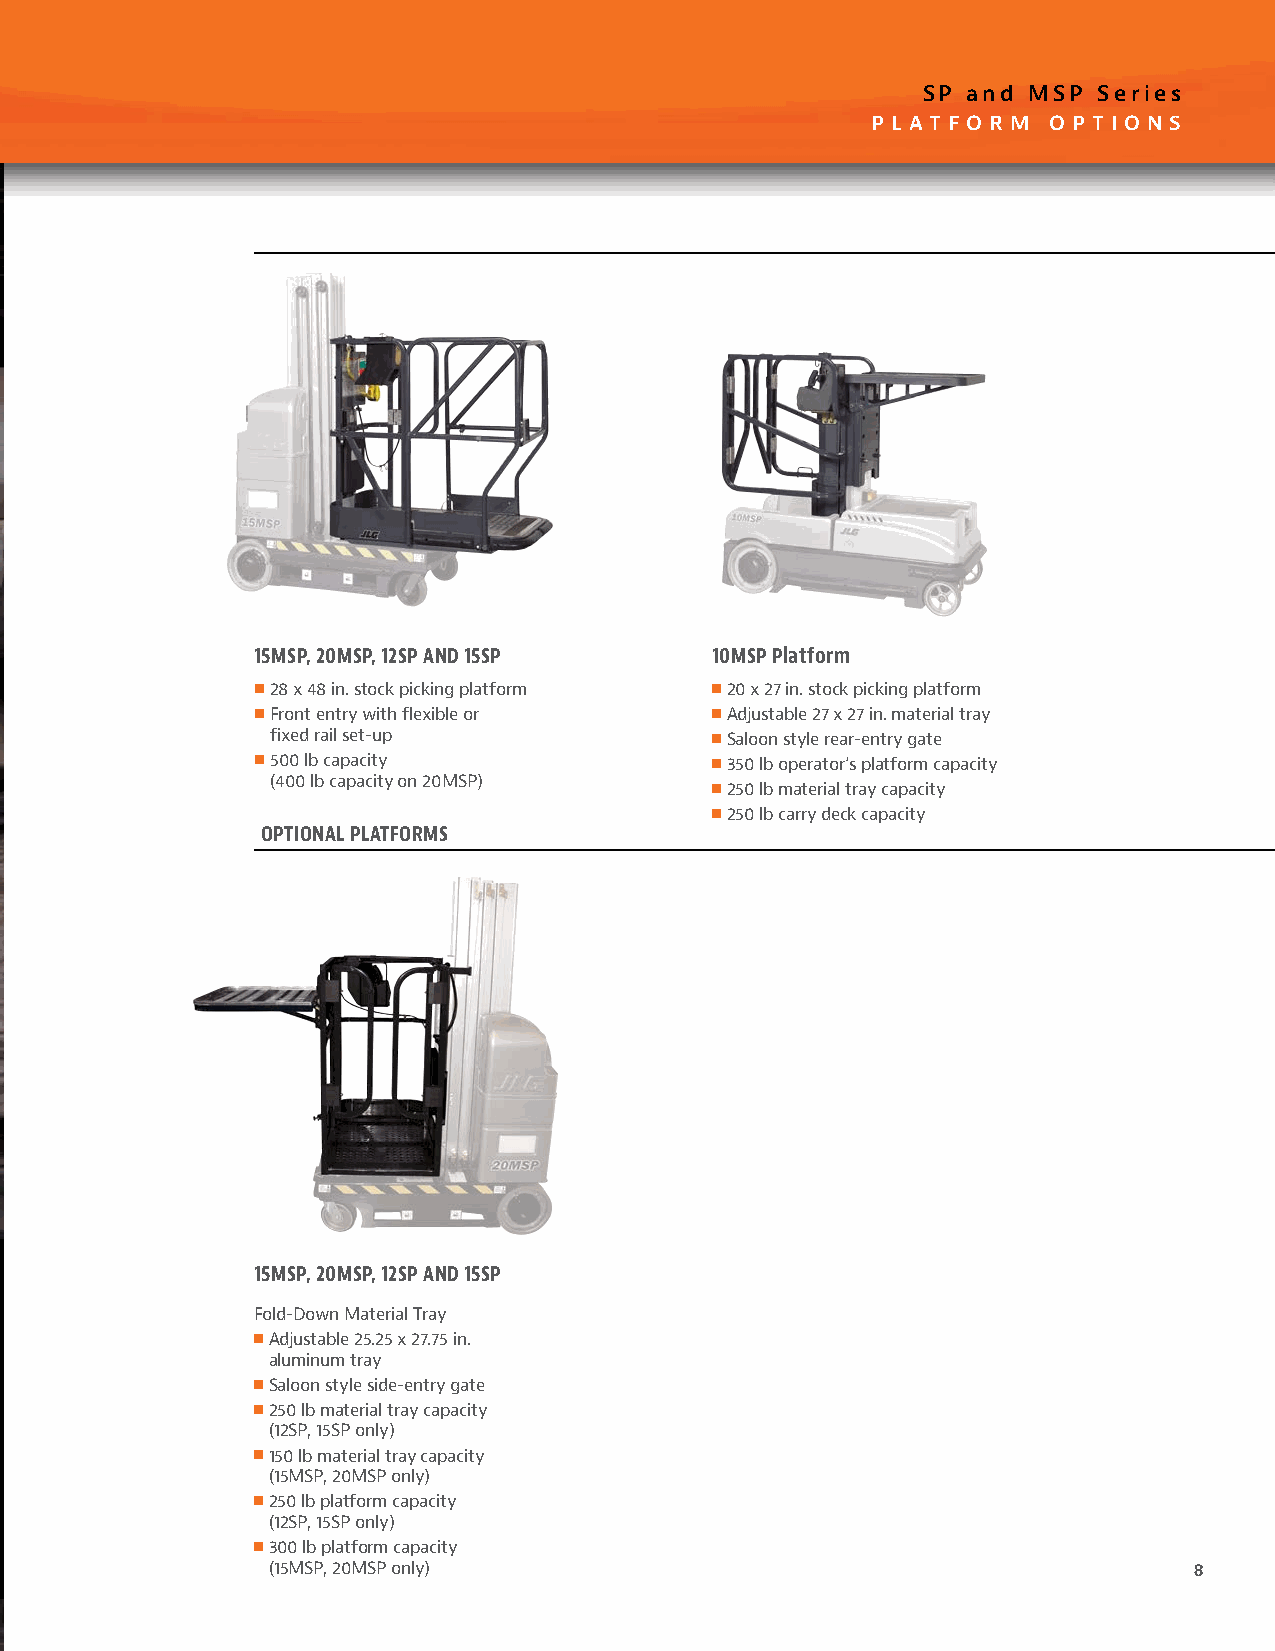
SP and MSP  Series
 P L AT F O R M O P T I O N S
 15MSP, 20MSP, 12SP AND 15SP   10MSP Platform
 ■■28 x 48 in. stock picking platform ■■20 x 27 in. stock picking platform
 ■■Front entry with flexible or ■■Adjustable 27 x 27 in. material tray
 fixed rail set-up            ■■Saloon style rear-entry gate
 ■■500 lb capacity             ■■350 lb operator’s platform capacity
 (400 lb capacity on 20MSP)
 ■■250 lb material tray capacity
 ■■250 lb carry deck capacity
 OPTIONAL PLATFORMS
 15MSP, 20MSP, 12SP AND 15SP
 Fold-Down Material Tray
 ■■Adjustable 25.25 x 27.75 in.
 aluminum tray
 ■■Saloon style side-entry gate
 ■■250 lb material tray capacity
 (12SP, 15SP only)
 ■■150 lb material tray capacity
 (15MSP, 20MSP only)
 ■■250 lb platform capacity
 (12SP, 15SP only)
 ■■300 lb platform capacity
 (15MSP, 20MSP only)                                          8